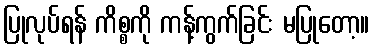
ပြုလုပ်ရန် ကိစ္စကို ကန့်ကွက်ခြင်း မပြုတော့။